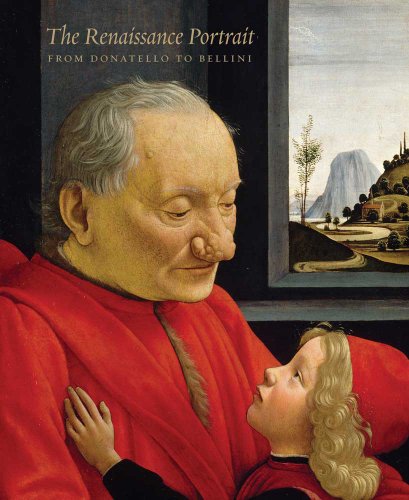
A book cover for The Renaissance Portrait: From Donatello to Bellini (Metropolitan Museum of Art); Arts & Photography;